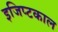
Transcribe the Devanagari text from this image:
इजिप्टकाल